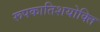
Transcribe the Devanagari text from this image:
रूपकातिशयोक्ति